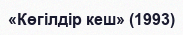
«Көгілдір кеш» (1993)